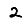
Digit: 2